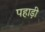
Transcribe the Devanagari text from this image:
पहाड़़ी